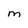
Character: M